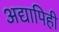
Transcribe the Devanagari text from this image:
अद्यापिही